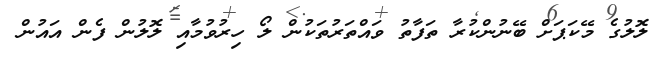
ލޮލުގެ މޭކަޕަށް ބޭނުންކުރާ ތަފާތު ވައްތަރުތަކުން ލޯ ހިރުވުމާއި ލޮލުން ފެން އައުން